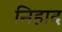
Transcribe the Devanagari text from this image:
निहाद